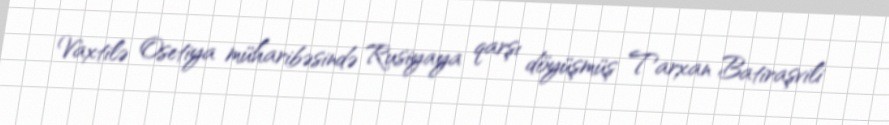
Vaxtilə Osetiya müharibəsində Rusiyaya qarşı döyüşmüş Tarxan Batiraşvili